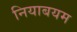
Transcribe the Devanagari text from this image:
नियाबयम